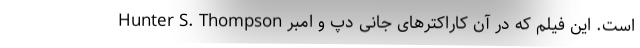
Hunter S. Thompson است. این فیلم که در آن کاراکترهای جانی دپ و امبر